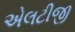
એલટીજી